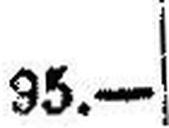
95.—